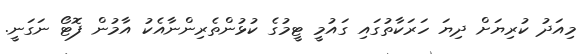
މިއަދު ކުރިޔަށް ދިޔަ ހަރަކާތުގައި ގައުމީ ޓީމުގެ ކުޅުންތެރިންނާއެކު އާމުން ފޮޓޯ ނަގަނީ.